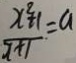
\frac { x ^ { 2 } + 1 } { x + 1 } = a